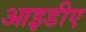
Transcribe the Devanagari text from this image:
आइडीए